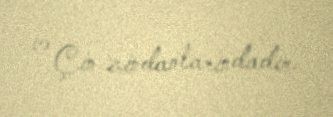
və Çin zindanlarındadır.